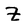
Character: Z